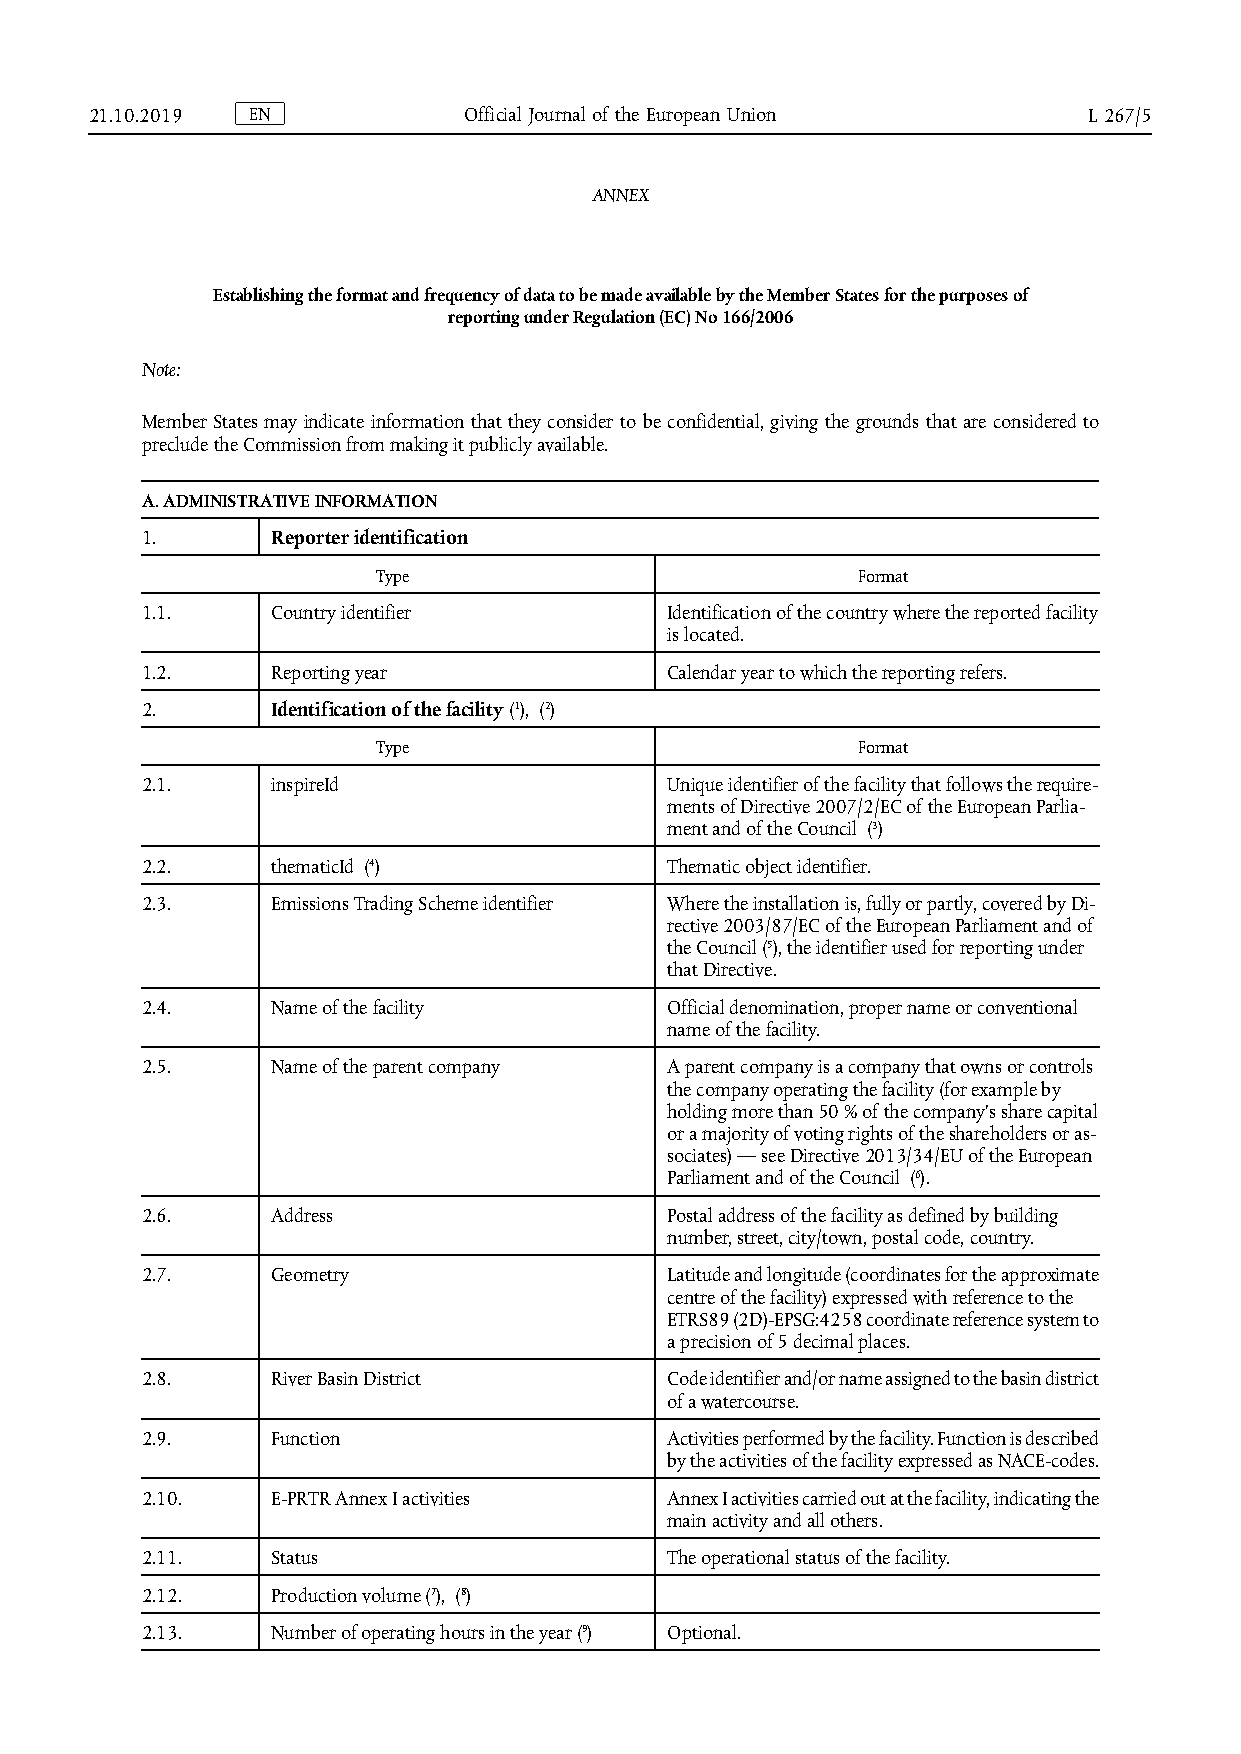
21.10.2019 E N           O f f i c i a l J o u r n a l o f t h e E u r o p e a n Union L 267/5
 ANNEX
 Establishing the format and frequency of data to be made available by the Member States for the purposes of
 reporting under Regulation (EC) No 166/2006
 Note:
 Member States may indicate information that they consider to be confidential, giving the grounds that are considered to
 preclude the Commission from making it publicly available.
 A. ADMINISTRATIVE INFORMATION
 1.       Reporter identification
 Type                            Format
 1.1.     Country identifier        Identification of the country where the reported facility
 is located.
 1.2.     Reporting year            Calendar year to which the reporting refers.
 2.       Identification of the facility (1), (2)
 Type                            Format
 2.1.     inspireId                 Unique identifier of the facility that follows the require­
 ments of Directive 2007/2/EC of the European Parlia­
 ment and of the Council (3)
 2.2.     thematicId (4)            Thematic object identifier.
 2.3.     Emissions Trading Scheme identifier Where the installation is, fully or partly, covered by Di­
 rective 2003/87/EC of the European Parliament and of
 the Council (5), the identifier used for reporting under
 that Directive.
 2.4.     Name of the facility      Official denomination, proper name or conventional
 name of the facility.
 2.5.     Name of the parent company A parent company is a company that owns or controls
 the company operating the facility (for example by
 holding more than 50 % of the company’s share capital
 or a majority of voting rights of the shareholders or as­
 sociates) — see Directive 2013/34/EU of the European
 Parliament and of the Council (6).
 2.6.     Address                   Postal address of the facility as defined by building
 number, street, city/town, postal code, country.
 2.7.     Geometry                  Latitude and longitude (coordinates for the approximate
 centre of the facility) expressed with reference to the
 ETRS89 (2D)-EPSG:4258 coordinate reference system to
 a precision of 5 decimal places.
 2.8.     River Basin District      Code identifier and/or name assigned to the basin district
 of a watercourse.
 2.9.     Function                  Activities performed by the facility. Function is described
 by the activities of the facility expressed as NACE-codes.
 2.10.    E-PRTR Annex I activities Annex I activities carried out at the facility, indicating the
 main activity and all others.
 2.11.    Status                    The operational status of the facility.
 2.12.    Production volume (7), (8)
 2.13.    Number of operating hours in the year (9) Optional.